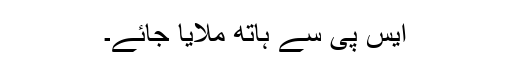
ایس پی سے ہاتھ ملایا جائے۔